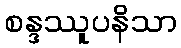
စန္ဒဿူပနိသာ